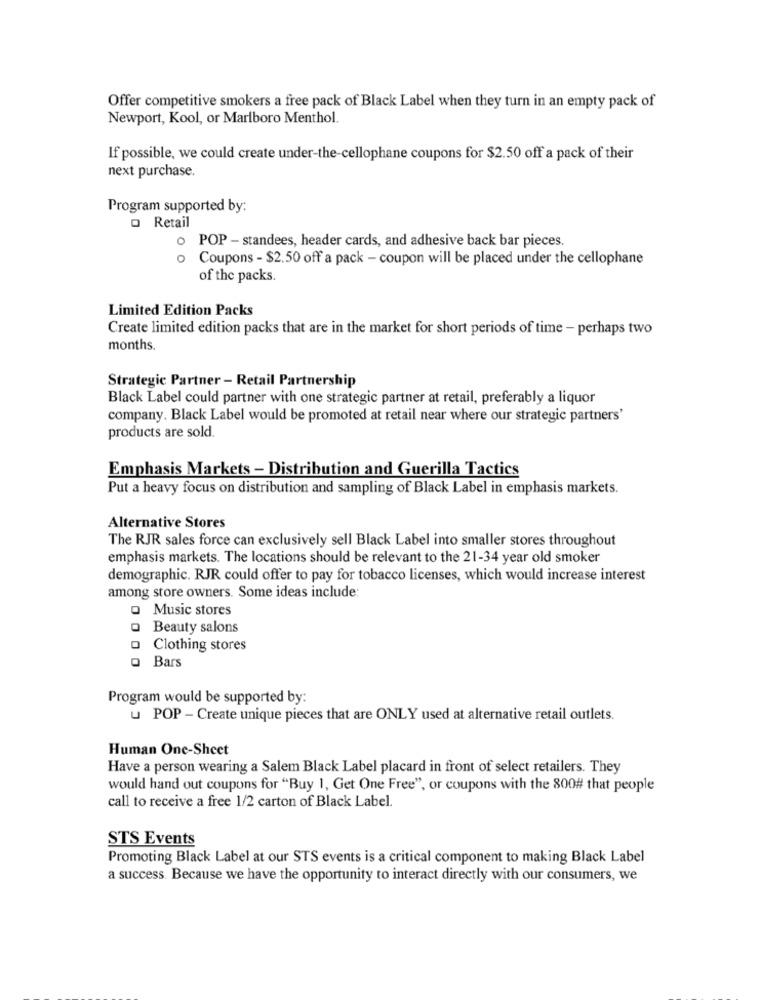
Offer competitive smokers a free pack of Black Label when they turn in an empty pack of
Newport, Kool, or Marlboro Menthol.
If possible, we could create under-the-cellophane coupons for $2.50 off a pack of their
next purchase.
Program supported by:
o Retail
0
POP - standees, header cards, and adhesive back bar pieces
0
Coupons - $2.50 off a pack - coupon will be placed under the cellophane
of the packs.
Limited Edition Packs
Create limited edition packs that are in the market for short periods of time - perhaps two
months.
Strategic Partner - Retail Partnership
Black Label could partner with one strategic partner at retail, preferably a liquor
company. Black Label would be promoted at retail near where our strategic partners'
products are sold.
Emphasis Markets - Distribution and Guerilla Tactics
Put a heavy focus on distribution and sampling of Black Label in emphasis markets.
Alternative Stores
The RJR sales force can exclusively sell Black Label into smaller stores throughout
emphasis markets. The locations should be relevant to the 21-34 year old smoker
demographic. RJR could offer to pay for tobacco licenses, which would increase interest
among store owners. Some ideas include:
Q Music stores
Beauty salons
Clothing stores
Bars
O
Program would be supported by:
u POP - Create unique pieces that are ONLY used at alternative retail outlets.
Human One-Sheet
Have a person wearing a Salem Black Label placard in front of select retailers. They
would hand out coupons for "Buy 1, Get One Free", or coupons with the 800# that people
call to receive a free 1/2 carton of Black Label.
STS Events
Promoting Black Label at our STS events is a critical component to making Black Label
a success. Because we have the opportunity to interact directly with our consumers, we